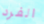
الفرد